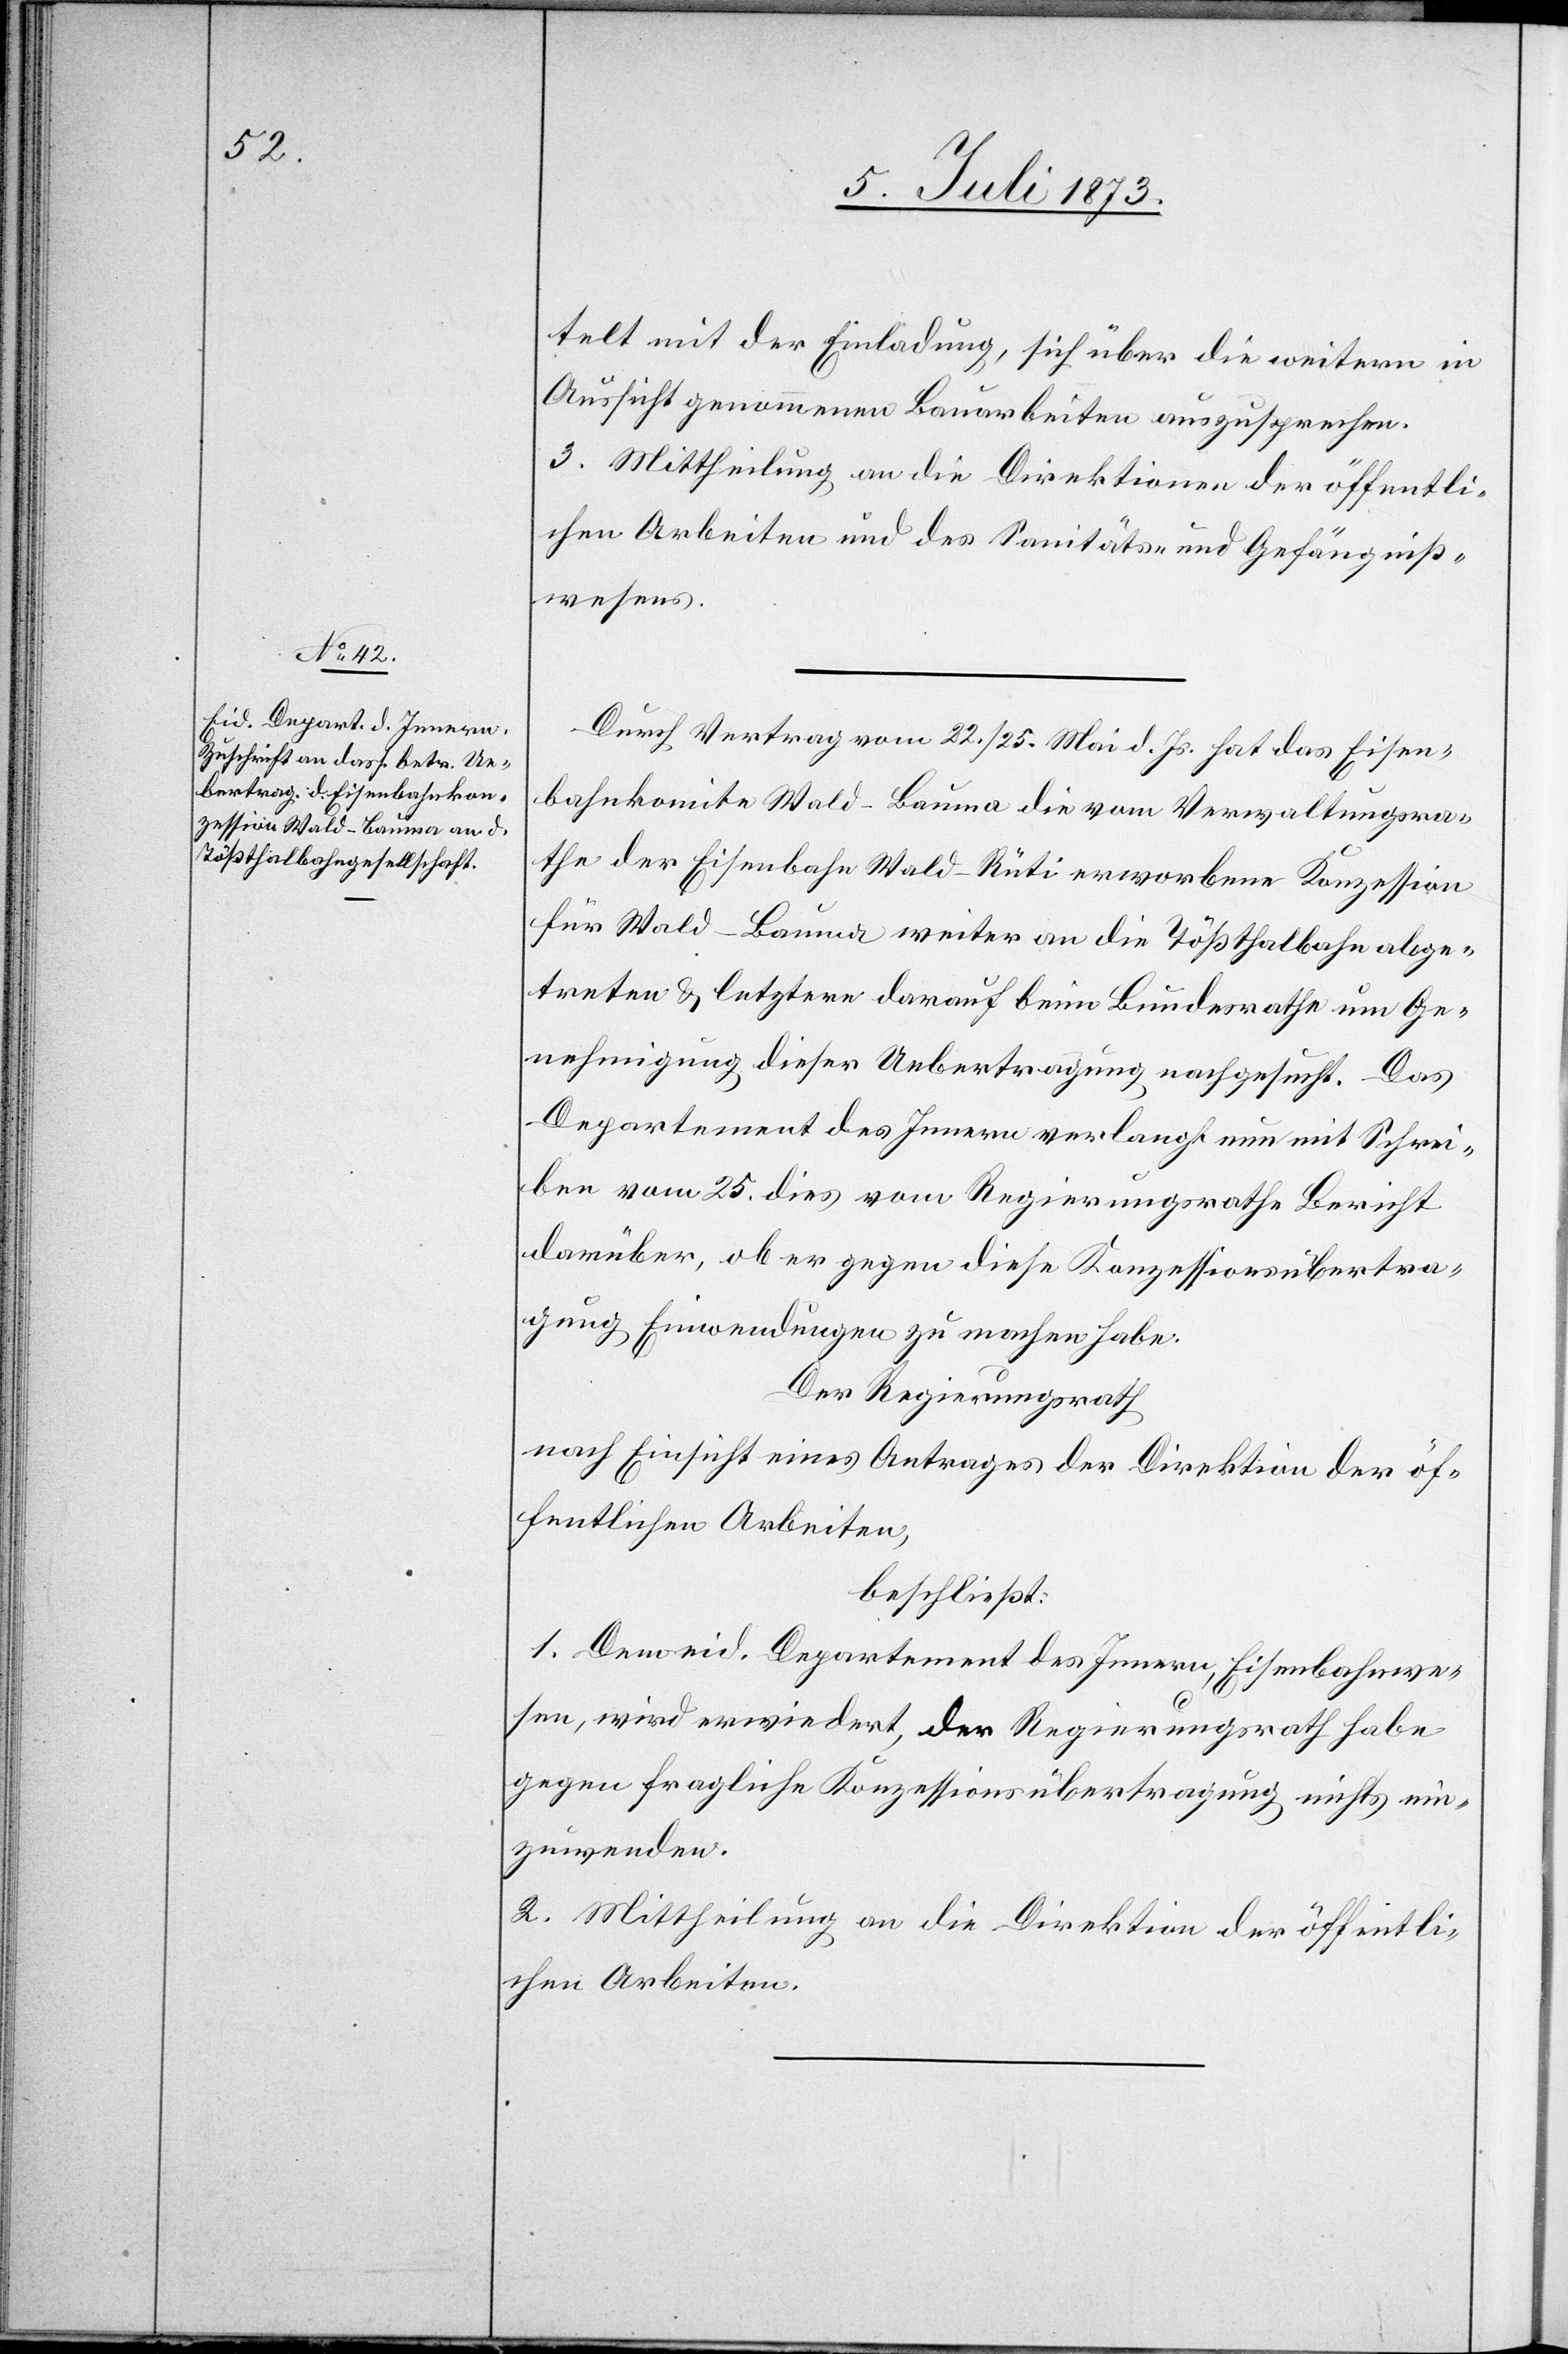
telt mit der Einladung, sich über die weitern in
Aussicht genommenen Bauarbeiten auszusprechen.
chen Arbeiten und des Sanitäts- und Gefängniß¬
wesens.
Durch Vertrag vom 22./25. Mai d. Js. hat das Eisen¬
bahnkomite Wald–Bauma die vom Verwaltungsra¬
the der Eisenbahn Wald–Rüti erworbene Konzession
für Wald–Bauma weiter an die Tößthalbahn abge¬
treten & letztere darauf beim Bundesrathe um Ge¬
nehmigung dieser Uebertragung nachgesucht. Das
Departement des Innern verlangt nun mit Schrei¬
ben vom 25. dies vom Regierungsrathe Bericht
darüber, ob er gegen diese Konzessionsübertra¬
gung Einwendungen zu machen habe.
Der Regierungsrath
nach Einsicht eines Antrages der Direktion der öf¬
fentlichen Arbeiten,
beschließt:
1. Dem eid. Departement des Innern, Eisenbahnwe¬
sen, wird erwiedert, der Regierungsrath habe
gegen fragliche Konzessionsübertragung nichts ein¬
zuwenden.
2. Mittheilung an die Direktion der öffentli¬
chen Arbeiten.